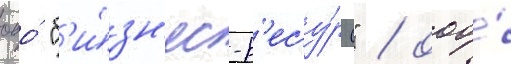
ооо́ "б'и́зн'ес-р'есу́рс" / ооо́